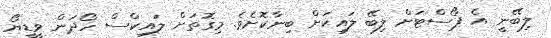
ލިބޭނީ އެ ޕޯސްޓަށް ލިބޭ ލައިކަށް ބިނާކޮށެވެ. މިގޮތަށް ލައިކްސް ހޯދަން ވީޑީޔޯ